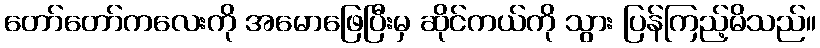
တော်တော်ကလေးကို အမောဖြေပြီးမှ ဆိုင်ကယ်ကို သွား ပြန်ကြည့်မိသည်။